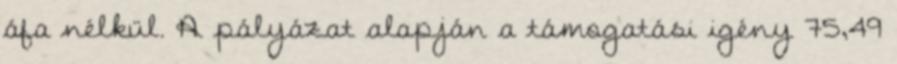
áfa nélkül. A pályázat alapján a támogatási igény 75,49